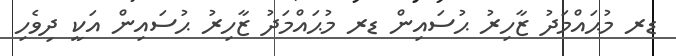
ޑރ މުޙައްމަދު ޒާހިރު ޙުސައިން ޑރ މުޙައްމަދު ޒާހިރު ޙުސައިން އަކީ ދިވެހި